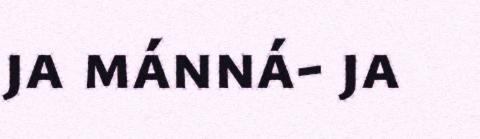
ja mánná- ja